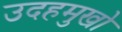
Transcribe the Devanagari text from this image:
उदहमुखो